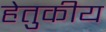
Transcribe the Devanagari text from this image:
हेतुकीय